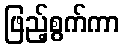
ဖြည့်စွက်ကာ